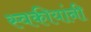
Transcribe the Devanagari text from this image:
स्वकीयांनी